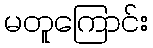
မတူကြောင်း